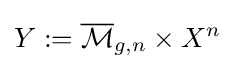
Y:={\overline {\mathcal {M}}}_{g,n}\times X^{n}